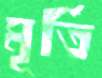
মূর্তি